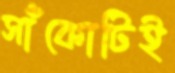
সাঁকোটিই